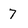
Character: 7